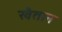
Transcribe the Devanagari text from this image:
खैतान